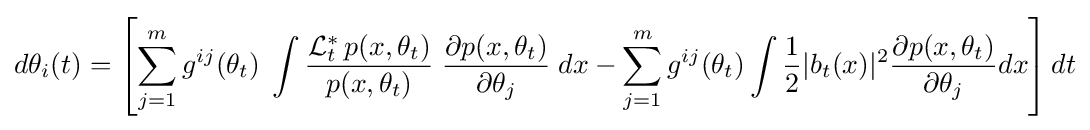
d\theta _{i}(t)=\left[\sum _{j=1}^{m}g^{ij}(\theta _{t})\;\int {\frac {{\cal {L}}_{t}^{\ast }\,p(x,\theta _{t})}{p(x,\theta _{t})}}\;{\frac {\partial p(x,\theta _{t})}{\partial \theta _{j}}}\;dx-\sum _{j=1}^{m}g^{ij}(\theta _{t})\int {\frac {1}{2}}\vert b_{t}(x)\vert ^{2}{\frac {\partial p(x,\theta _{t})}{\partial \theta _{j}}}dx\right]dt